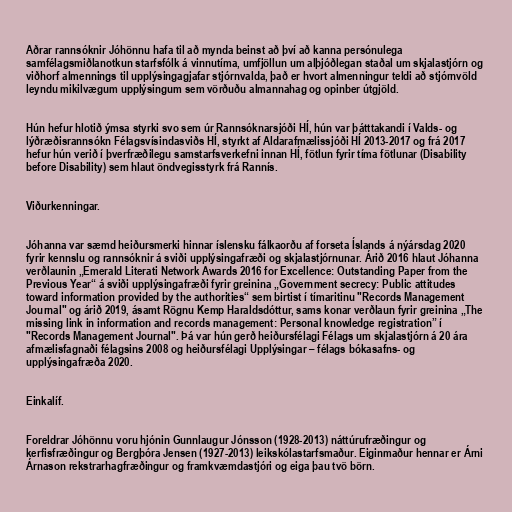
Aðrar rannsóknir Jóhönnu hafa til að mynda beinst að því að kanna persónulega
samfélagsmiðlanotkun starfsfólk á vinnutíma, umfjöllun um alþjóðlegan staðal um skjalastjórn og
viðhorf almennings til upplýsingagjafar stjórnvalda, það er hvort almenningur teldi að stjórnvöld
leyndu mikilvægum upplýsingum sem vörðuðu almannahag og opinber útgjöld.

Hún hefur hlotið ýmsa styrki svo sem úr Rannsóknarsjóði HÍ, hún var þátttakandi í Valds- og
lýðræðisrannsókn Félagsvísindasviðs HÍ, styrkt af Aldarafmælissjóði HÍ 2013-2017 og frá 2017
hefur hún verið í þverfræðilegu samstarfsverkefni innan HÍ, fötlun fyrir tíma fötlunar (Disability
before Disability) sem hlaut öndvegisstyrk frá Rannís.

Viðurkenningar.

Jóhanna var sæmd heiðursmerki hinnar íslensku fálkaorðu af forseta Íslands á nýársdag 2020
fyrir kennslu og rannsóknir á sviði upplýsingafræði og skjalastjórnunar. Árið 2016 hlaut Jóhanna
verðlaunin „Emerald Literati Network Awards 2016 for Excellence: Outstanding Paper from the
Previous Year“ á sviði upplýsingafræði fyrir greinina „Government secrecy: Public attitudes
toward information provided by the authorities“ sem birtist í tímaritinu "Records Management
Journal" og árið 2019, ásamt Rögnu Kemp Haraldsdóttur, sams konar verðlaun fyrir greinina „The
missing link in information and records management: Personal knowledge registration” í
"Records Management Journal". Þá var hún gerð heiðursfélagi Félags um skjalastjórn á 20 ára
afmælisfagnaði félagsins 2008 og heiðursfélagi Upplýsingar – félags bókasafns- og
upplýsingafræða 2020.

Einkalíf.

Foreldrar Jóhönnu voru hjónin Gunnlaugur Jónsson (1928-2013) náttúrufræðingur og
kerfisfræðingur og Bergþóra Jensen (1927-2013) leikskólastarfsmaður. Eiginmaður hennar er Árni
Árnason rekstrarhagfræðingur og framkvæmdastjóri og eiga þau tvö börn.